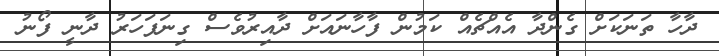
ދާހާ ތަނަކަށް ގެންދާ އެއްޗެއް ކަމުން ފާހާނައަށް ދާއިރުވެސް ގިނަފަހަރު ދާނީ ފޯނު